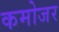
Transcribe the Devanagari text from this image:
कमोजर